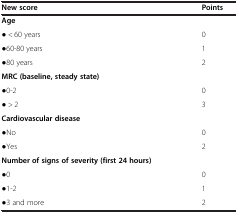
| New score | Points |
 | --- | --- |
 | Age |  |
 | ● < 60 years | 0 |
 | ●60-80 years | 1 |
 | ●80 years | 2 |
 | MRC (baseline, steady state) |  |
 | ●0-2 | 0 |
 | ● > 2 | 3 |
 | Cardiovascular disease |  |
 | ●No | 0 |
 | ●Yes | 2 |
 | <COLSPAN=2> Number of signs of severity (first 24 hours) |
 | ●0 | 0 |
 | ●1-2 | 1 |
 | ●3 and more | 2 |